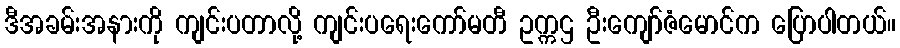
ဒီအခမ်းအနားကို ကျင်းပတာလို့ ကျင်းပရေးကော်မတီ ဥက္ကဌ ဦးကျော်ဇံမောင်က ပြောပါတယ်။